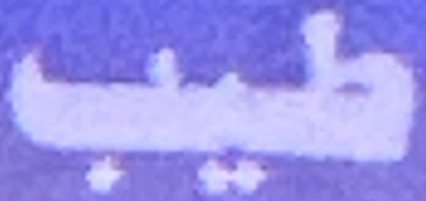
طيب